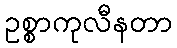
ဥစ္စာကုလီနတာ